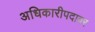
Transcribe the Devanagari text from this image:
अधिकारीपदावर